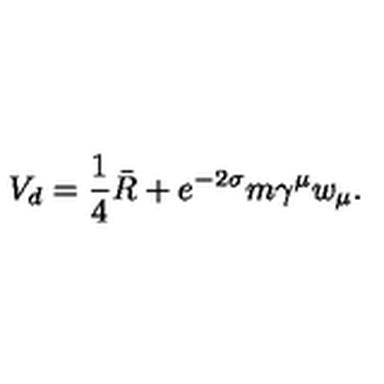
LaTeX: V _ { d } = \frac 1 4 \bar { R } + e ^ { - 2 \sigma } m \gamma ^ { \mu } w _ { \mu } .